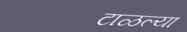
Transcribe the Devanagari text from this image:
टाळल्या